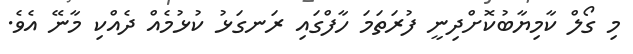
މި ގޯލް ކާމިޔާބުކޮށްދިނީ ފުރަތަމަ ހާފްގައި ރަނގަޅު ކުޅުމެއް ދެއްކި މާނޭ އެވެ.